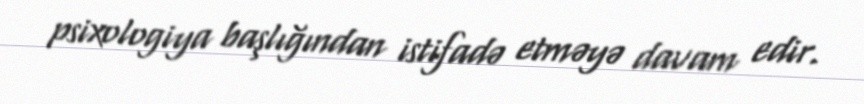
psixologiya başlığından istifadə etməyə davam edir.